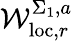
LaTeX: \mathcal{W}_{\mathrm{{loc}},r}^{\Sigma_{1},a}